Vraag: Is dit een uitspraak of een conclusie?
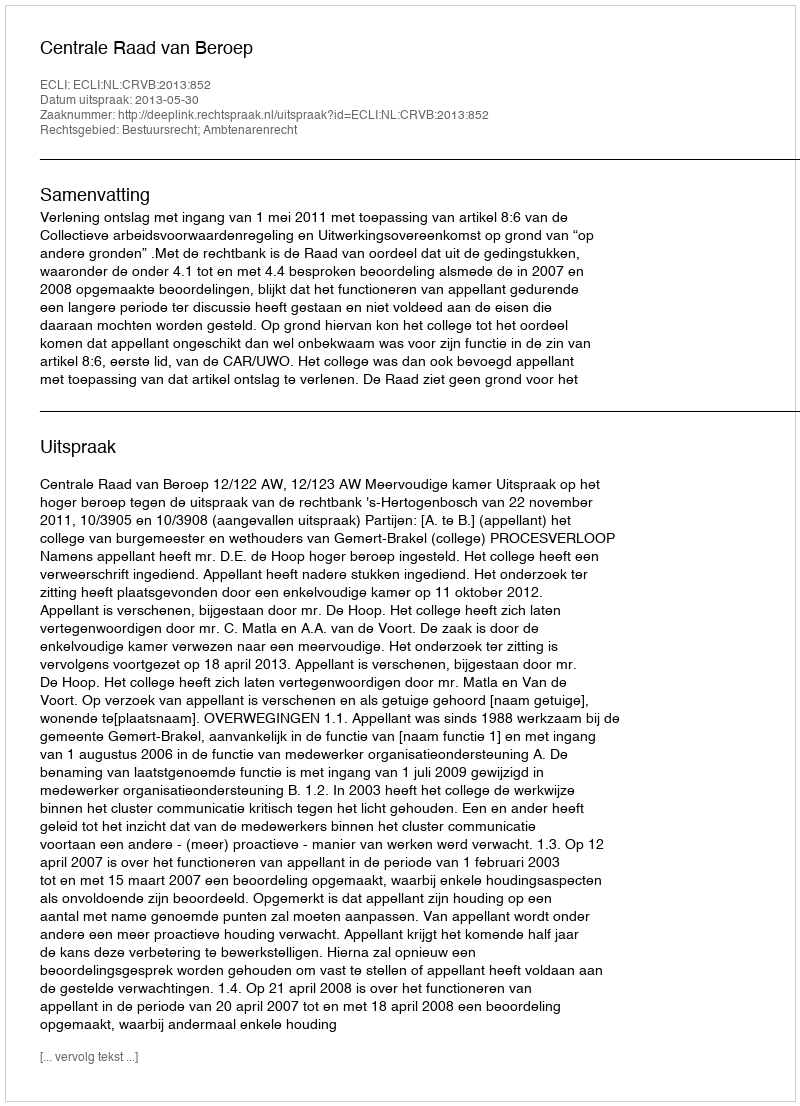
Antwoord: Uitspraak